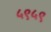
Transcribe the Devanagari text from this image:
५९५९